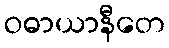
ဝဓာယာနီတေ